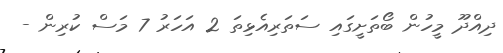
ދިއްދޫ މީހުން ބޯތަށީގައި ސަތަރިއެޅިތަ 2 އަހަރު 7 މަސް ކުރިން -